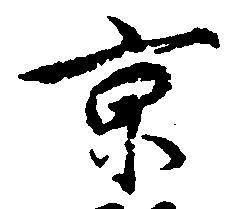
京